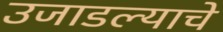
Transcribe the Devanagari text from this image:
उजाडल्याचे